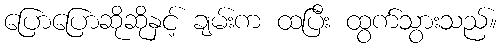
ပြောပြောဆိုဆိုနှင့် ချမ်းက ထပြီး ထွက်သွားသည်။